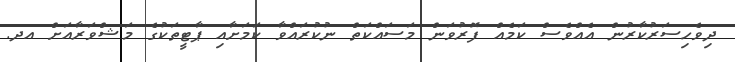
ދިވެހިސަރުކާރުން އެއްވެސް ކަމެއް ފޮރުވަން މަސައްކަތް ނުކުރައްވާ ކަމަށާއި ޕާޓީތަކުގެ މަޝްވަރާއަށް އދ.